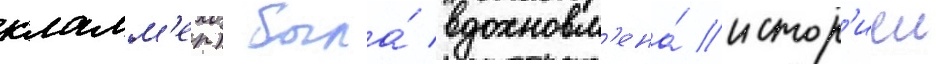
кламм'ер) была́ вдохновл'ена́ истор'иеи